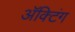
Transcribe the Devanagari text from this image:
अॅक्टिंग